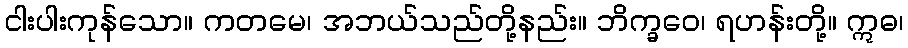
ငါးပါးကုန်သော။ ကတမေ၊ အဘယ်သည်တို့နည်း။ ဘိက္ခဝေ၊ ရဟန်းတို့။ ဣဓ၊